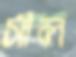
সীল